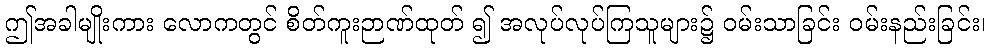
ဤအခါမျိုးကား လောကတွင် စိတ်ကူးဉာဏ်ထုတ် ၍ အလုပ်လုပ်ကြသူများ၌ ဝမ်းသာခြင်း ဝမ်းနည်းခြင်း၊